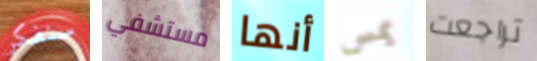
سنفكر مستشفي أنها يمس تراجعت